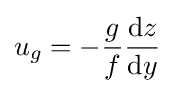
u_{g}=-{g \over f}{{\rm {d}}z \over {\rm {d}}y}